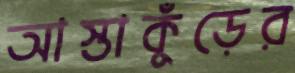
আস্তাকুঁড়ের